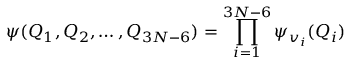
\psi ( Q _ { 1 } , Q _ { 2 } , \ldots , Q _ { 3 N - 6 } ) = \prod _ { i = 1 } ^ { 3 N - 6 } \psi _ { v _ { i } } ( Q _ { i } )